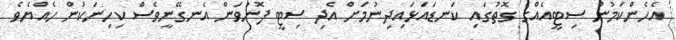
އެހެންކަމުން ސިޓީއެއްގެ ގޮތުގައި ކަނޑައަޅައިދިނުމަށް އެދި ސިޓީ ފޮނުވަން އެނގޭނީވެސް ކިހިނަކުން ހެއްޔެވެ